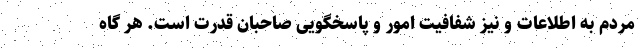
مردم به اطلاعات و نیز شفافیت امور و پاسخگویی صاحبان قدرت است. هر گاه